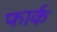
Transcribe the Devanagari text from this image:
फार्क